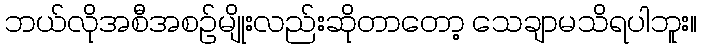
ဘယ်လိုအစီအစဉ်မျိုးလည်းဆိုတာတော့ သေချာမသိရပါဘူး။